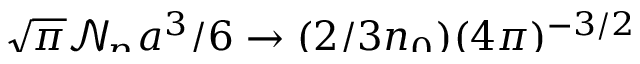
\smash { \sqrt { \pi } \ensuremath { \mathcal { N } _ { \! p } { \! \: } } a ^ { 3 } / 6 \to ( 2 / 3 n _ { 0 } ) ( 4 \pi ) ^ { - 3 / 2 } }